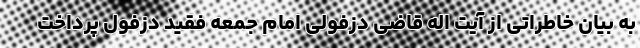
به بیان خاطراتی از آیت اله قاضی دزفولی امام جمعه فقید دزفول پرداخت